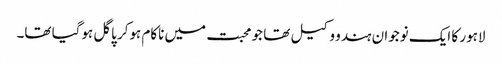
لاہور کا ایک نوجوان ہندو وکیل تھا جو محبت میں ناکام ہوکر پاگل ہوگیا تھا۔